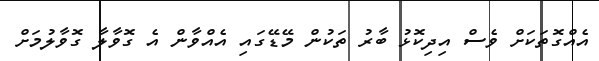
އެއްގޮތަކަށް ވެސް އިދިކޮޅު ބާރު ތަކުން މޭޑޭގައި އެއްވާން އެ ގޮވާލާ ގޮވާލުމަށް